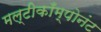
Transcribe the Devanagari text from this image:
मल्टीकाँम्पोनंट